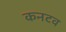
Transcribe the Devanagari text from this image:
कनटव